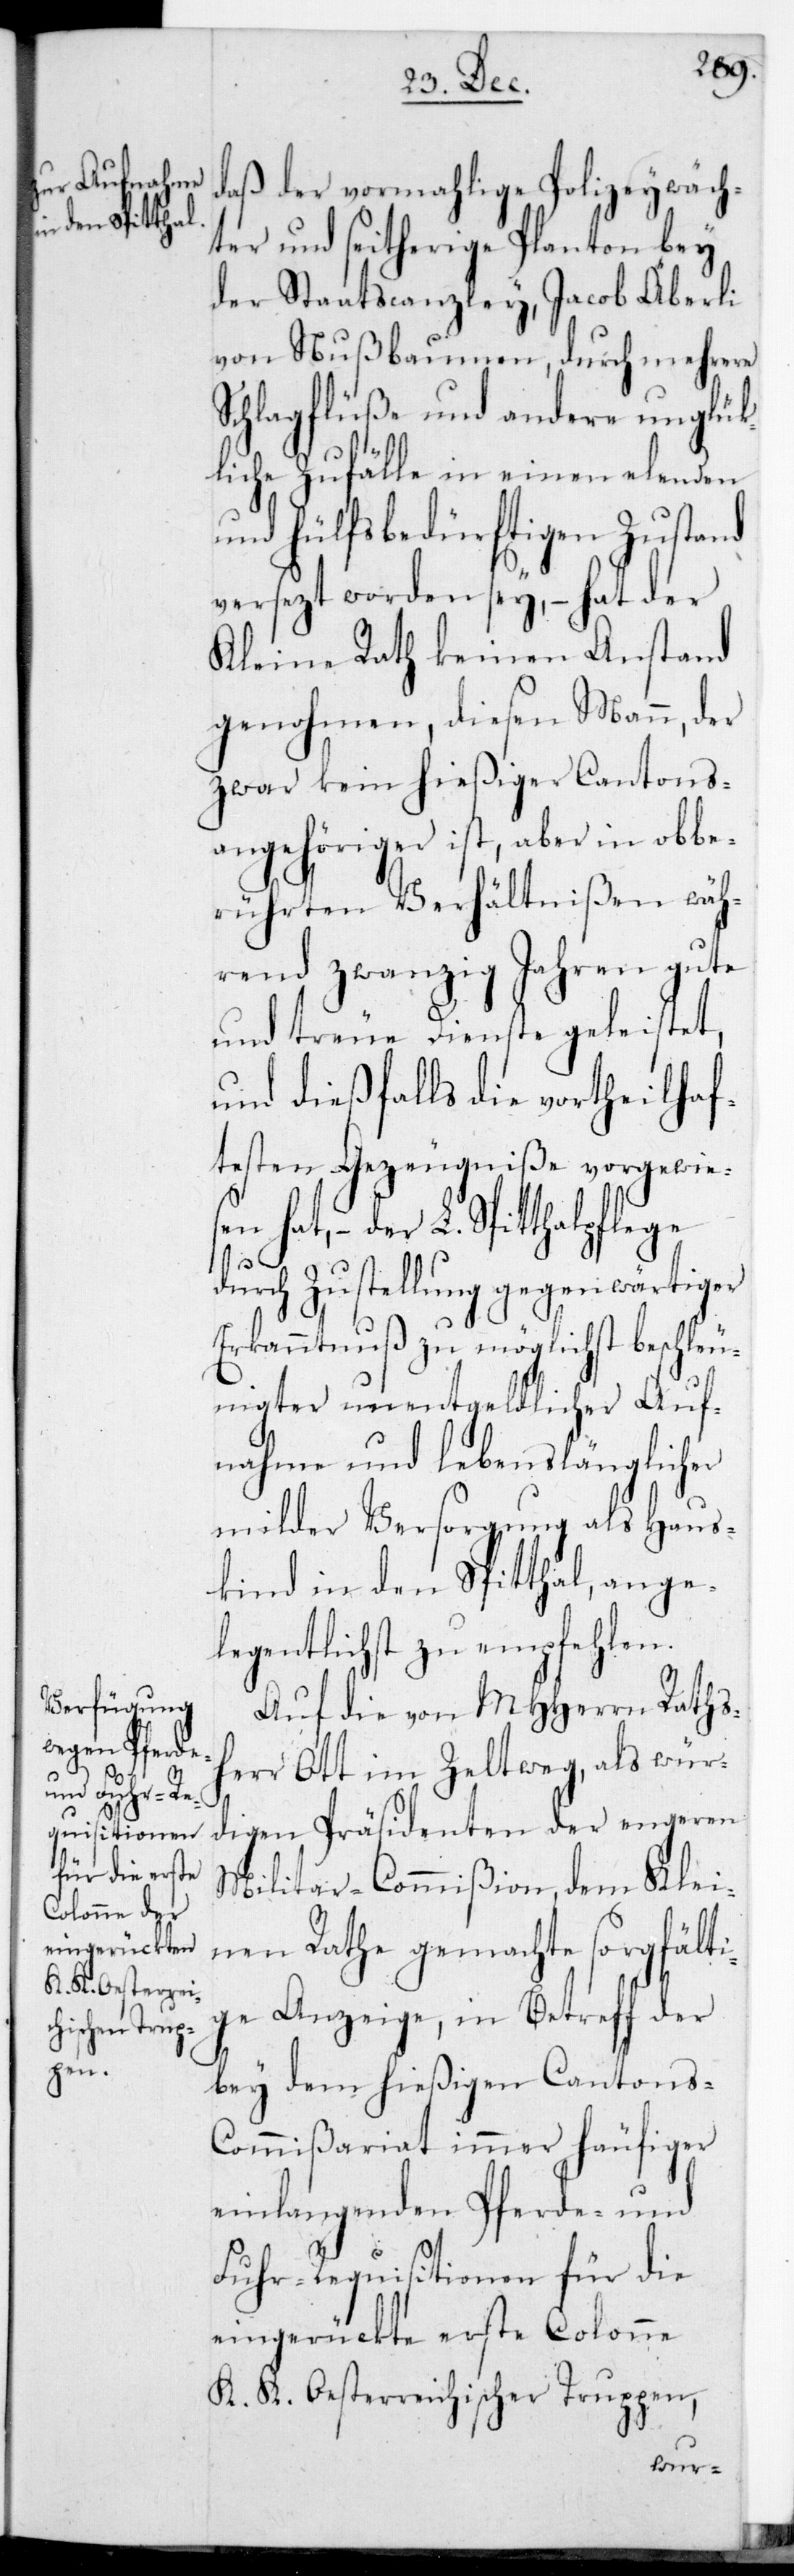
daß der vormalige Polizeywäch¬
ter und seitheriger Planton bey
der Staatscanzley, Jacob Äberli
von Nußbaumen, durch mehrere
Schlagflüße und andere unglück¬
liche Zufälle in einen elenden
und hülfsbedürftigen Zustand
versetzt worden sey, – hat der
Kleine Rath keinen Anstand
genohmen, diesen Mann, der
zwar kein hießiger Cantons¬
angehöriger ist, aber in obbe¬
rührten Verhältnißen wäh¬
rend zwanzig Jahren gute
und treue Dienste geleistet,
und dießfalls die vortheilhaf¬
testen Gezeugniße vorgewies¬
en hat, – der L. Spitthalpflege
durch Zustellung gegenwärtiger
Erkanntnuß zu möglichst beschleu¬
nigter unentgeldlicher Auf¬
nahme und lebenslänglicher
milder Versorgung als Haus¬
kind in den Spital, ange¬
legentlichst zu empfehlen.
Auf die von MHHerren Rathsh¬
err Ott im Zeltweg, als würk¬
lichen Präsidenten der engeren
Militar-Commißion, dem Klei¬
nen Rathe gemachte sorgfälti¬
ge Anzeige, in Betreff der
bey dem hießigen Cantons¬
commißariat immer häufiger
einlangenden Pferde- und
Fuhr-Requisitonen für die
eingerückte erste Colonne
K. K. Oesterreichischer Truppen,